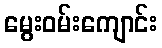
မွေးဝမ်းကျောင်း